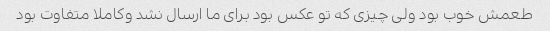
طعمش خوب بود ولی چیزی که تو عکس بود برای ما ارسال نشد وکاملا متفاوت بود